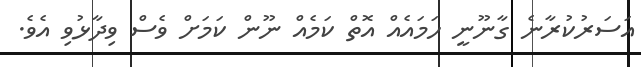
އަސަރުކުރާނެ ގާނޫނީ ހަމައެއް އޮތް ކަމެއް ނޫން ކަމަށް ވެސް ވިދާޅުވި އެވެ.